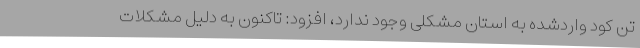
تن کود واردشده به استان مشکلی وجود ندارد، افزود: تاکنون به دلیل مشکلات